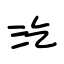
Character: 汔